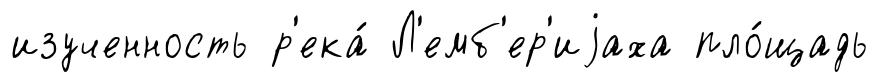
изученность р'ека́ Л'емб'ер'иjаха пло́щадь